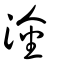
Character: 淦